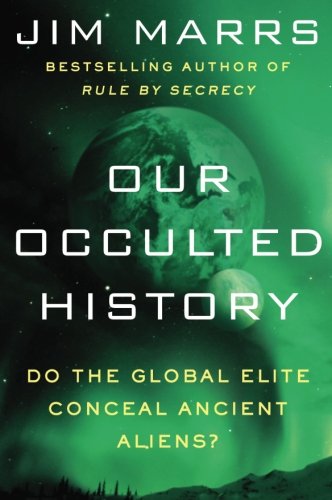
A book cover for Our Occulted History: Do the Global Elite Conceal Ancient Aliens?; Jim Marrs; Science & Math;